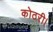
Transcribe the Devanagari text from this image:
कोठरी।